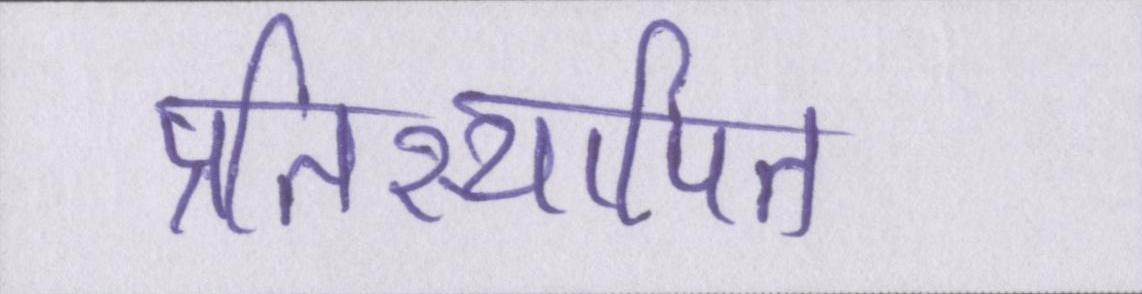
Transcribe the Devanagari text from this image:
प्रतिस्थापित